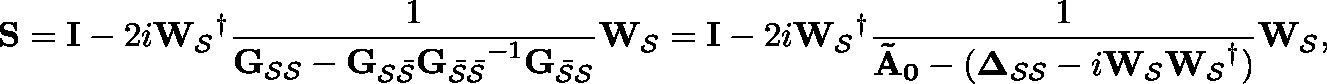
\mathbf { S } = \mathbf { I } - 2 i \mathbf { W _ { \mathcal { S } } } ^ { \dagger } \frac { 1 } { \mathbf { G _ { \mathcal { S } \mathcal { S } } } - \mathbf { G _ { \mathcal { S } \mathcal { \bar { S } } } } \mathbf { G _ { \mathcal { \bar { S } } \mathcal { \bar { S } } } } ^ { - 1 } \mathbf { G _ { \mathcal { \bar { S } } \mathcal { { S } } } } } \mathbf { W _ { \mathcal { S } } } = \mathbf { I } - 2 i \mathbf { W _ { \mathcal { S } } } ^ { \dagger } \frac { 1 } { \mathbf { \tilde { A } _ { 0 } } - ( \mathbf { \Delta _ { \mathcal { S } \mathcal { S } } } - i \mathbf { W _ { \mathcal { S } } } \mathbf { W _ { \mathcal { S } } } ^ { \dagger } ) } \mathbf { W _ { \mathcal { S } } } ,